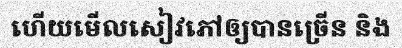
ហើយមើលសៀវភៅឲ្យបានច្រើន និង